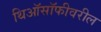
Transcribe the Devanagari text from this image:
थिऑसॉफीवरील